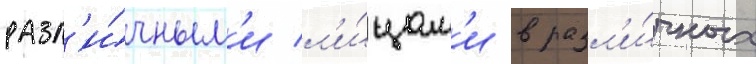
разл'и́чным'и л'и́цам'и в разл'и́чных